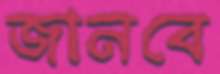
জানবে